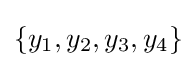
\{y_{1},y_{2},y_{3},y_{4}\}